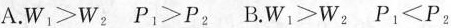
A.$$W_{1}>W_{2}$$ $$P_{1}>P_{2}$$ B.$$W_{1}>W_{2}$$ $$P_{1}<P_{2}$$